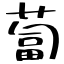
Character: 蔔